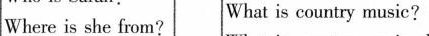
Where is she from? What is country music?